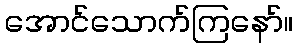
အောင်သောက်ကြနော်။